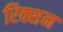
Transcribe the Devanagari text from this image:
रिक्सन